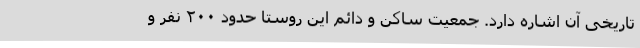
تاریخی‌ آن اشاره دارد. جمعیت ساکن و دائم این روستا حدود ۲۰۰ نفر و